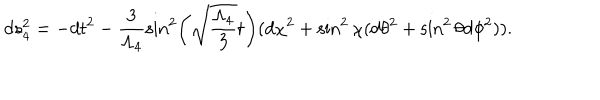
d s _ { 4 } ^ { 2 } = - d t ^ { 2 } - \frac { 3 } { \Lambda _ { 4 } } \sin ^ { 2 } \left( \sqrt { \frac { \Lambda _ { 4 } } { 3 } } t \right) ( d \chi ^ { 2 } + \sin ^ { 2 } \chi ( d \theta ^ { 2 } + \sin ^ { 2 } \theta d \phi ^ { 2 } ) ) .